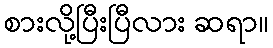
စားလို့ပြီးပြီလား ဆရာ။